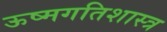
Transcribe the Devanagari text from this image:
ऊष्मगतिशास्त्र